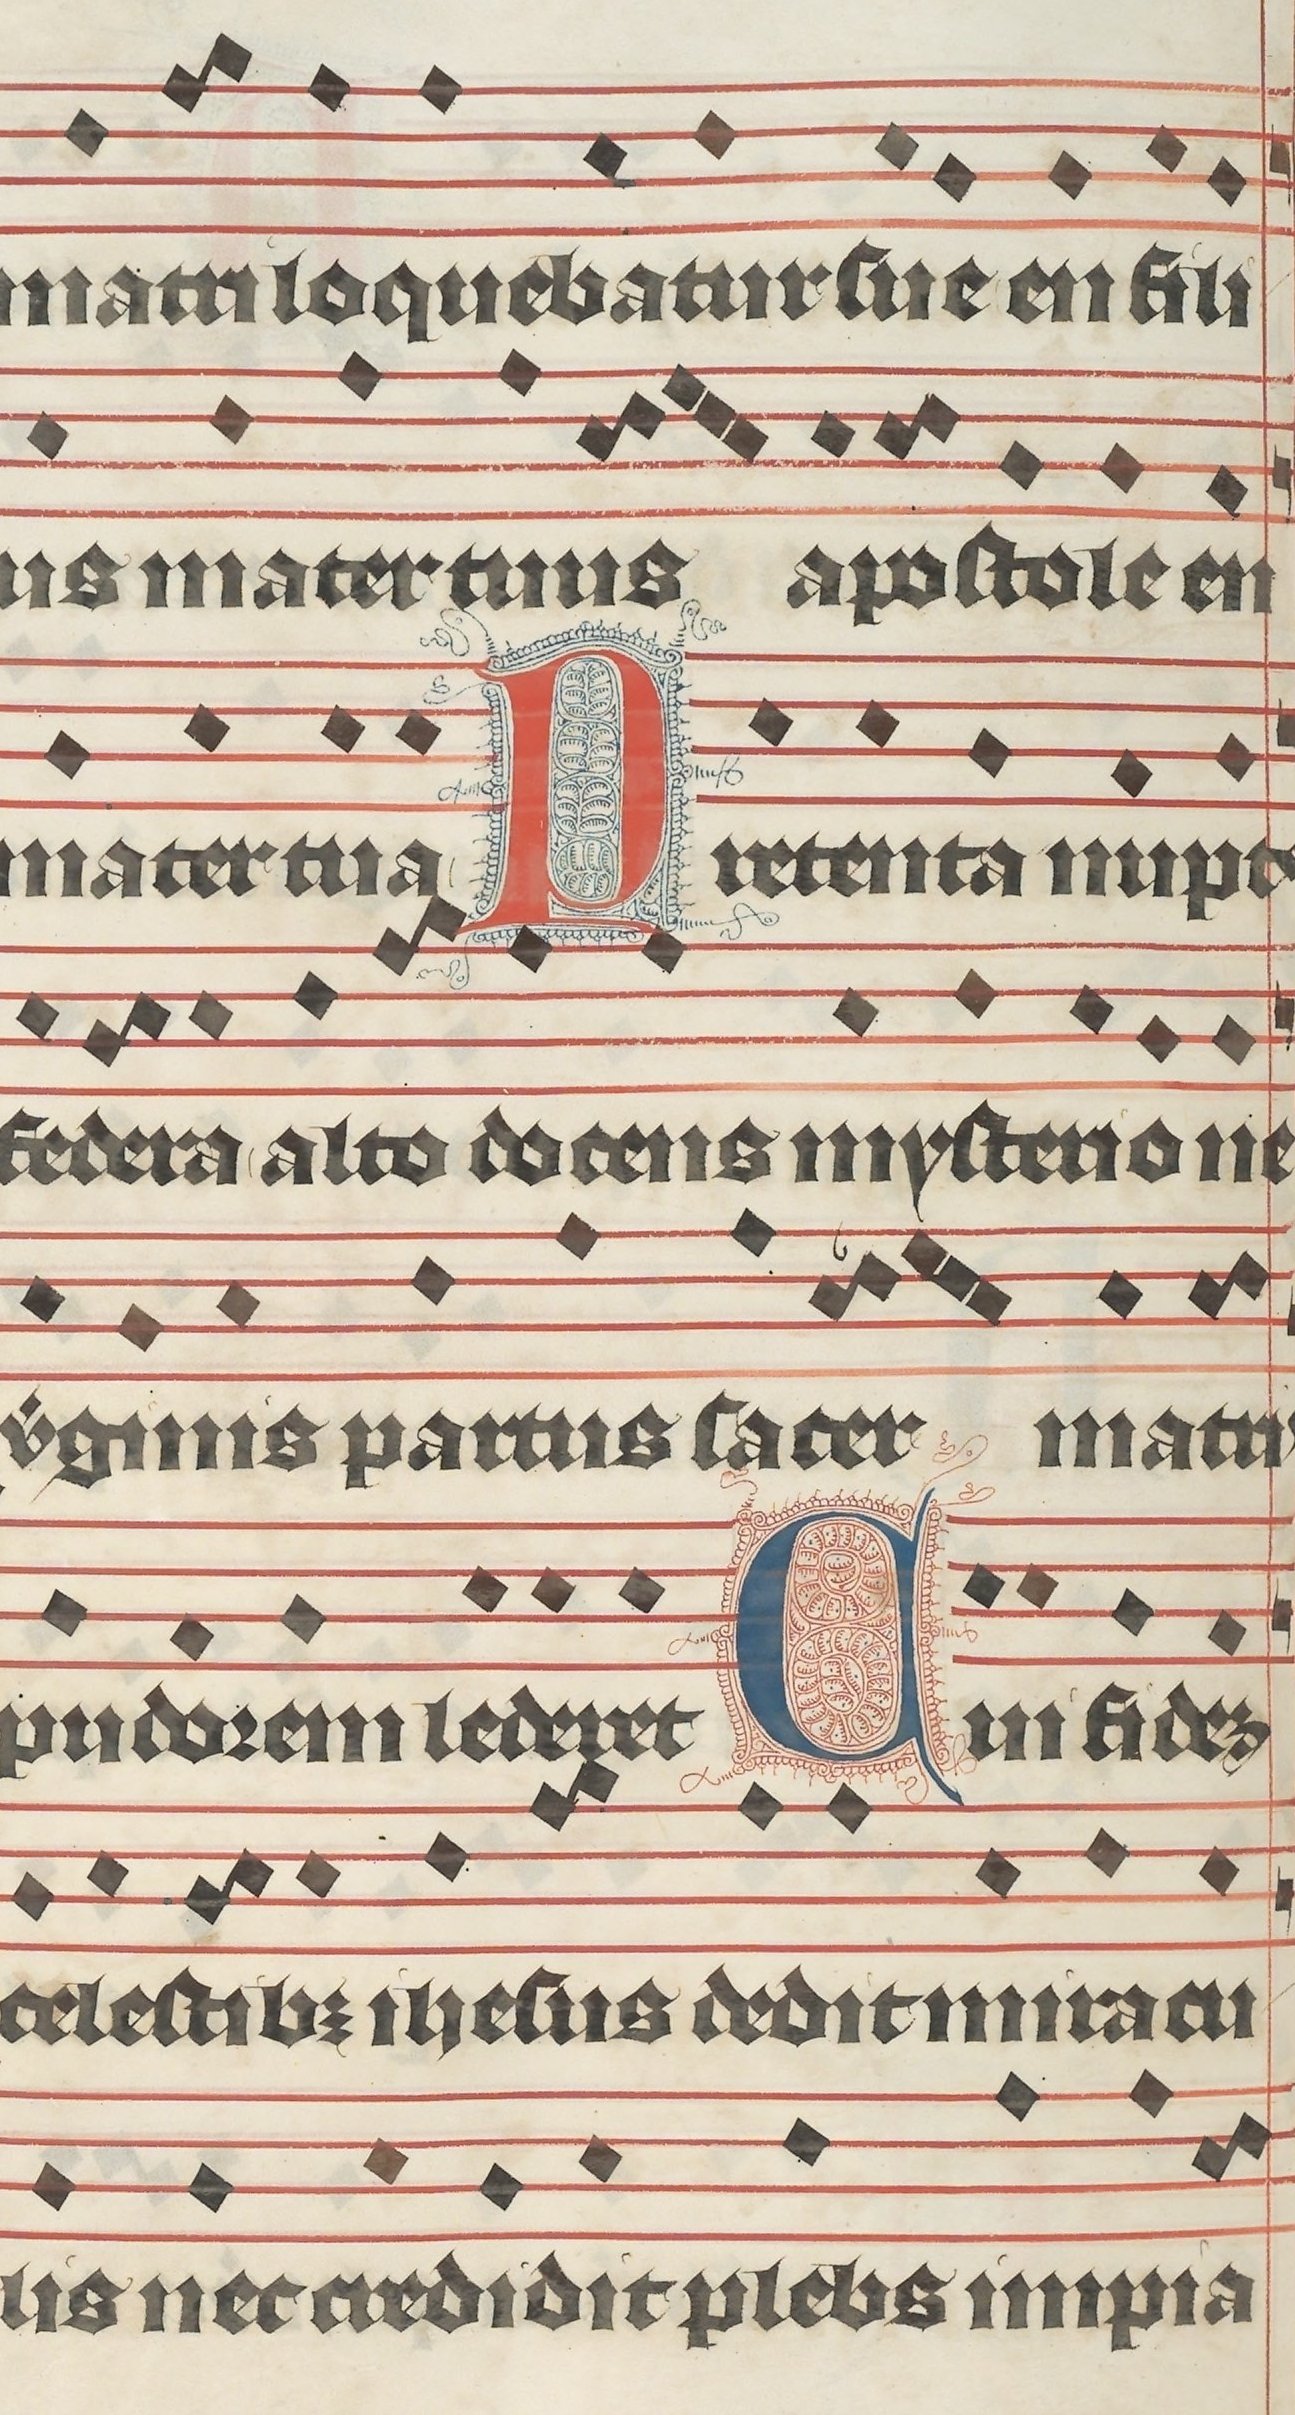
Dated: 1395–1425